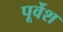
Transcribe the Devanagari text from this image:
पूर्वेश